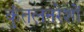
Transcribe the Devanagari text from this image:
कुंतलनरेशों